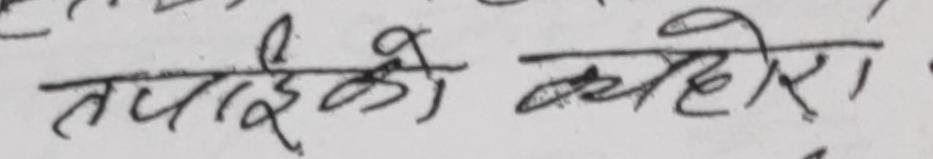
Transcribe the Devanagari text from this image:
तपाईँको क्या हो र ।